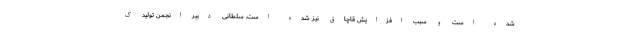
شده است و سبب افزایش قاچاق نیز شده است. سلطانی دبیر انجمن تولید ک